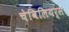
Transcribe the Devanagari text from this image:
चेविलियर्स